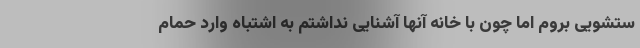
ستشویی بروم اما چون با خانه آنها آشنایی نداشتم به اشتباه وارد حمام